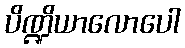
ပိဏ္ဍိယာလောပေါ